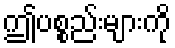
ဤပစ္စည်းများကို